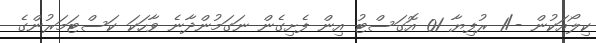
ކިލޯއަކުން -/1 ރުފިޔާ 01 އޮގަސްޓު އިން ފެށިގެން ނަގަމުންދާނެ ވާހަކަ ކަސްޓަމަރުންގެ